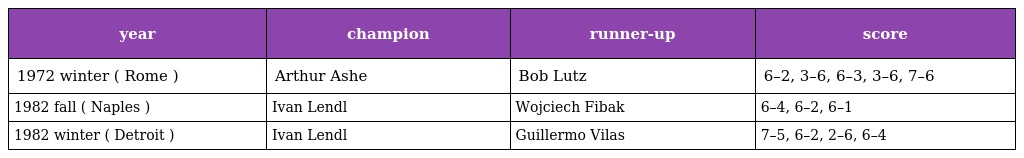
| year | champion | runner-up | score |
 | --- | --- | --- | --- |
 | 1972 winter ( Rome ) | Arthur Ashe | Bob Lutz | 6–2, 3–6, 6–3, 3–6, 7–6 |
 | 1982 fall ( Naples ) | Ivan Lendl | Wojciech Fibak | 6–4, 6–2, 6–1 |
 | 1982 winter ( Detroit ) | Ivan Lendl | Guillermo Vilas | 7–5, 6–2, 2–6, 6–4 |